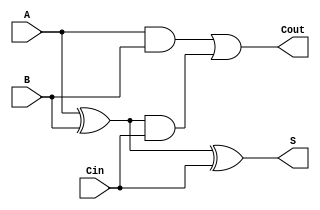
module FullAdder(
    input A,
    input B,
    input Cin,
    output S,
    output Cout
    );
	 
wire w1,w2,w3;
xor(w1,A,B);
xor(S,w1,Cin);
and(w2,w1,Cin);
and(w3,A,B);
or(Cout,w3,w2);

endmodule